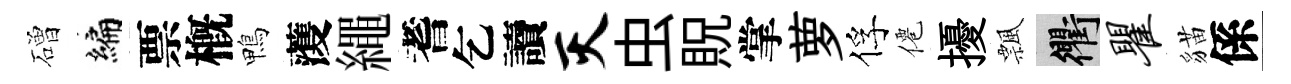
磳编票槪鴨𮑮繩耆乞讀灭虫貺掌萝俘僊擾飄衢瞿貓係